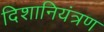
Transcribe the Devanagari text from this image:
दिशानियंत्रण